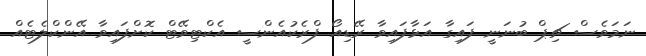
ނަމަވެސް ޗިޕް ބުނަނީ ފައިގާ އަޅާފައިވާ ރޭޑިއޯ ފްރެކުއެންސީ އެކްޓިވޭޓް ކޮށްފައިވާ އޭންކްލެޓެއް